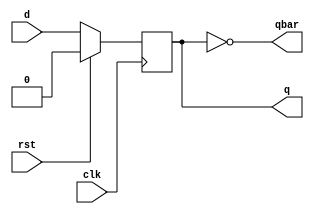
//.Write an RTL description and test bench for a D flip flop
module dff(input d,clk,rst, output reg q, output qbar);

always @(posedge clk)
begin
if(rst==1'b0)
q <= d;
else
q <= 1'b0;
end

assign qbar = ~q ;

endmodule